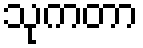
သုကတာ